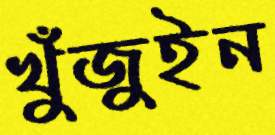
খুঁজুইন